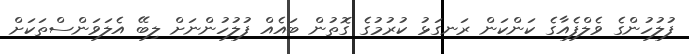
ފުލުހުންގެ ވެލްފެއާގެ ކަންކަން ރަނގަޅު ކުރުމުގެ ގޮތުން ބައެއް ފުލުހުންނަށް ލިބޭ އެލަވަންސްތަކަށް